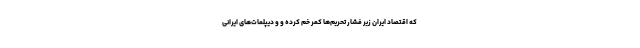
که اقتصاد ایران زیر فشار تحریم‌ها کمر خم کرده و و دیپلمات‌های ایرانی